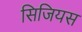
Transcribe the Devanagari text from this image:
सिजियस